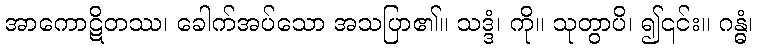
အာကောဋိတဿ၊ ခေါက်အပ်သော အသပြာ၏။ သဒ္ဒံ၊ ကို။ သုတွာပိ၊ ၍၎င်း။ ဂန္ဓံ၊